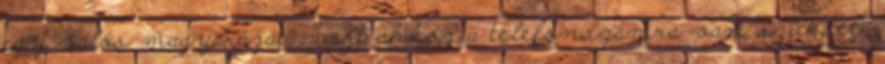
egy valós magyarázat, mert ahhoz a telefonszámra van szükség,